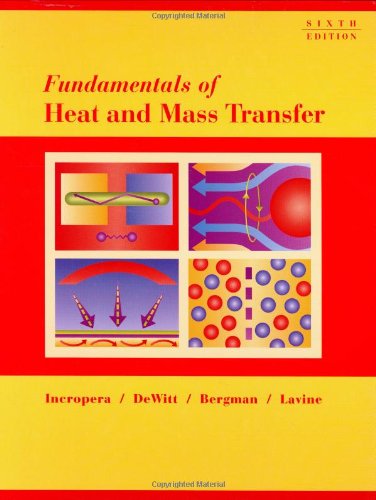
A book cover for Fundamentals of Heat and Mass Transfer; Frank P. Incropera; Science & Math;